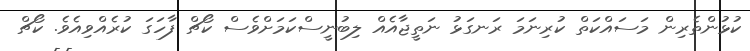
ކުޅުންތެރިން މަސައްކަތް ކުރިނަމަ ރަނގަޅު ނަތީޖާއެއް ލިބުނީސްކަމަށްވެސް ކޯޗް ފާހަގަ ކުރެއްވިއެވެ. ކޯޗް